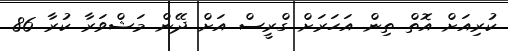
ކުރިއަށް އޮތް ތިން އަހަރަށް ގްރީސް އަށް ދޭން މަޝްވަރާ ކުރާ 86